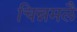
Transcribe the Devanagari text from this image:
चिन्नमलै